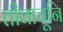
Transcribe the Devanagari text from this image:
तीवाचूनि